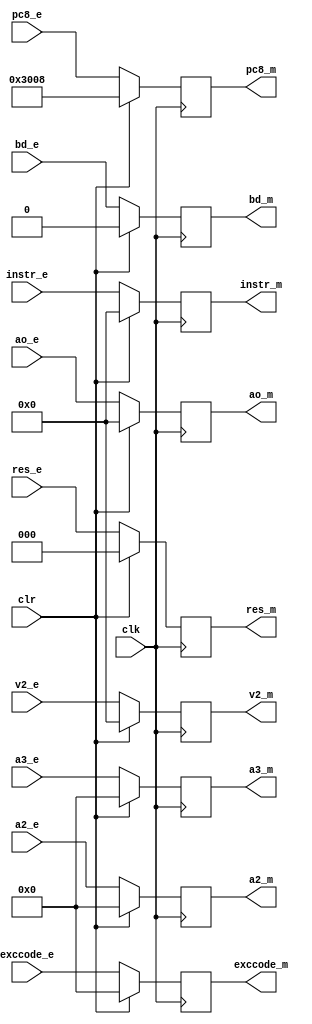
`timescale 1ns / 1ps

module Mpipe(clk,clr,
res_e,instr_e,a2_e,a3_e,v2_e,ao_e,pc8_e,bd_e,exccode_e,
res_m,instr_m,a2_m,a3_m,v2_m,ao_m,pc8_m,bd_m,exccode_m);
input clk,clr,bd_e;
input [2:0] res_e;
input [4:0] a2_e,a3_e,exccode_e;
input [31:0] instr_e,v2_e,ao_e,pc8_e;
output reg [2:0] res_m;
output reg [4:0] a2_m,a3_m,exccode_m;
output reg [31:0] instr_m,v2_m,ao_m,pc8_m;
output reg bd_m;

initial begin
	res_m<=0;
	a2_m<=0;a3_m<=0;
	instr_m<=0;v2_m<=0;ao_m<=0;pc8_m<=32'h3008;
	bd_m<=0;exccode_m<=0;
end

always @(posedge clk)
begin
	if (clr)
		begin
			res_m<=0;
			a2_m<=0;a3_m<=0;
			instr_m<=0;v2_m<=0;ao_m<=0;pc8_m<=32'h3008;
			bd_m<=0;exccode_m<=0;
		end
	else
		begin
			res_m<=res_e;
			a2_m<=a2_e;a3_m<=a3_e;
			instr_m<=instr_e;v2_m<=v2_e;ao_m<=ao_e;pc8_m<=pc8_e;
			bd_m<=bd_e;exccode_m<=exccode_e;
		end
end

endmodule